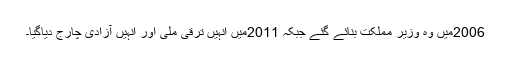
2006میں وہ وزیر مملکت بنائے گئے جبکہ 2011میں انہیں ترقی ملی اور انہیں آزادی چارج دیاگیا۔